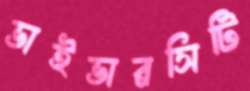
ভাইভারসিটি